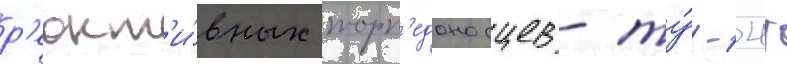
р'еакт'и́вных торп'едоносцев - ту́-14т